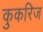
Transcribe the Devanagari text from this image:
कुकरिज